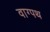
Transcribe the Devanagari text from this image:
वाग्पथ